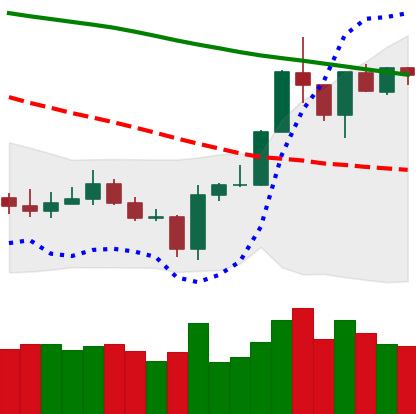
Ticker: BTC-USD
Chart end date: 2020-01-13
Forward return: 9.806%
Label: up_7plus